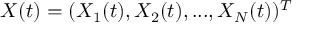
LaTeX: X ( t ) = ( X _ { 1 } ( t ) , X _ { 2 } ( t ) , . . . , X _ { N } ( t ) ) ^ { T }